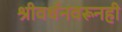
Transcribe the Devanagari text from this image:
श्रीवर्धनवरूनही